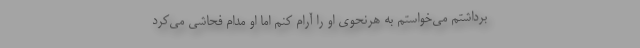
برداشتم می‌خواستم به هرنحوی او را آرام کنم اما او مدام فحاشی می‌کرد